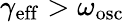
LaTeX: \gamma_{\mathrm{eff}}>\omega_{\mathrm{osc}}